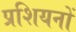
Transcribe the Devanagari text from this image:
प्रशियनों